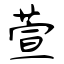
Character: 萱